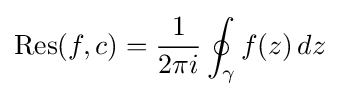
\operatorname {Res} (f,c)={1 \over 2\pi i}\oint _{\gamma }f(z)\,dz